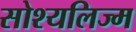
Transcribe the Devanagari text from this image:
सोश्यलिज्म